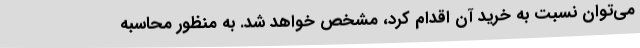
می‌توان نسبت به خرید آن اقدام کرد، مشخص خواهد شد. به منظور محاسبه